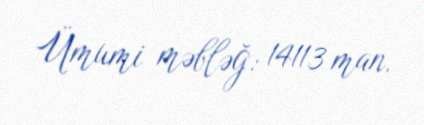
Ümumi məbləğ: 14113 man.